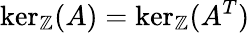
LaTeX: \ker_{\mathbb{Z}}(A)=\ker_{\mathbb{Z}}(A^{T})